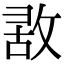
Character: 𢽤